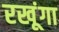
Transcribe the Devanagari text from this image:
रखूंगा